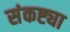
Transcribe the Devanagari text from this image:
संकष्ट्या